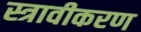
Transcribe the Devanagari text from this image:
स्त्रावीकरण